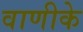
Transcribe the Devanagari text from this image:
वाणीके